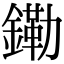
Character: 𫓀